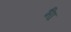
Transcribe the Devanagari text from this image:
भ्‍ीा